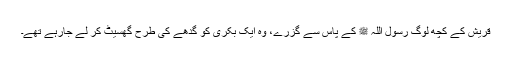
قریش کے کچھ لوگ رسول اللہ ﷺ کے پاس سے گزرے، وہ ایک بکری کو گدھے کی طرح گھسیٹ کر لے جارہے تھے۔